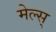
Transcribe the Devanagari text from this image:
मेल्स्